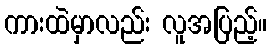
ကားထဲမှာလည်း လူအပြည့်။